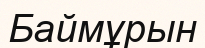
Баймұрын